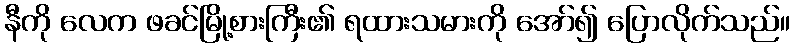
နီကို လေက ဖခင်မြို့စားကြီး၏ ရထားသမားကို အော်၍ ပြောလိုက်သည်။